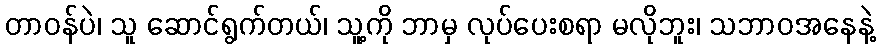
တာဝန်ပဲ၊ သူ ဆောင်ရွက်တယ်၊ သူ့ကို ဘာမှ လုပ်ပေးစရာ မလိုဘူး၊ သဘာဝအနေနဲ့